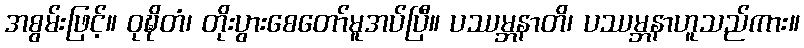
အစွမ်းဖြင့်။ ဝုဍ္ဎိတံ၊ တိုးပွားစေတော်မူအပ်ပြီ။ ပဿမ္ဘနာတိ၊ ပဿမ္ဘနာဟူသည်ကား။